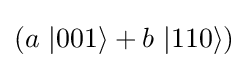
(a\ |001\rangle +b\ |110\rangle )